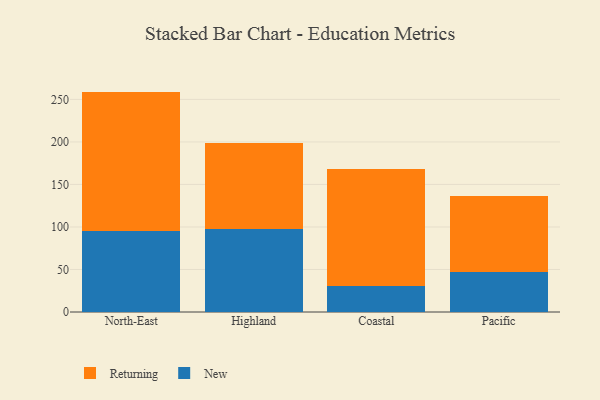
{"axis": {"x": "Region", "y": "Customer Acquisition Cost (USD)"}, "legend": ["New", "Returning"], "data": [{"x": "North-East", "y": 95.1, "type": "New"}, {"x": "North-East", "y": 164.1, "type": "Returning"}, {"x": "Highland", "y": 97.5, "type": "New"}, {"x": "Highland", "y": 101.8, "type": "Returning"}, {"x": "Coastal", "y": 31.1, "type": "New"}, {"x": "Coastal", "y": 137.6, "type": "Returning"}, {"x": "Pacific", "y": 47.0, "type": "New"}, {"x": "Pacific", "y": 89.6, "type": "Returning"}]}